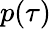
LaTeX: p(\tau)